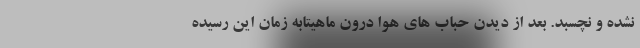
نشده و نچسبد. بعد از دیدن حباب های هوا درون ماهیتابه زمان این رسیده